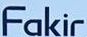
Fakir